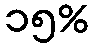
၁၅%